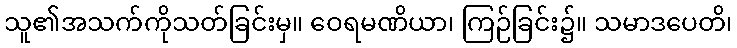
သူ၏အသက်ကိုသတ်ခြင်းမှ။ ဝေရမဏိယာ၊ ကြဉ်ခြင်း၌။ သမာဒပေတိ၊